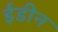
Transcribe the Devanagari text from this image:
ईडीन